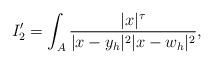
LaTeX: \begin{align*} I'_2 = \int_A \frac{|x|^\tau}{|x-y_h|^2|x-w_h|^2},\end{align*}